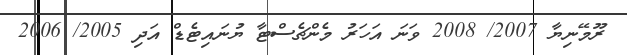
ރޫމޭނިޔާ 2007/ 2008 ވަނަ އަހަރު މެންޗެސްޓާ ޔުނައިޓެޑް އަދި 2005/ 2006